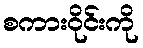
စကားဝိုင်းကို